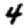
Digit: 4